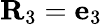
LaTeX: {\mathbf R}_{3}={\mathbf e}_{3}